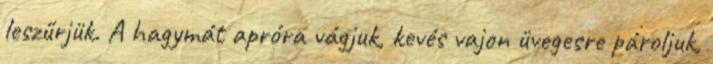
leszűrjük. A hagymát apróra vágjuk, kevés vajon üvegesre pároljuk,